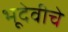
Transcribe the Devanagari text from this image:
भूदेवीचे